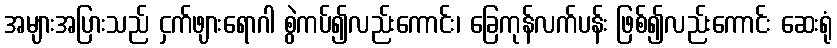
အများအပြားသည် ငှက်ဖျားရောဂါ စွဲကပ်၍လည်းကောင်း၊ ခြေကုန်လက်ပန်း ဖြစ်၍လည်းကောင်း ဆေးရုံ